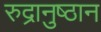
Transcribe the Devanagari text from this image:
रुद्रानुष्ठान